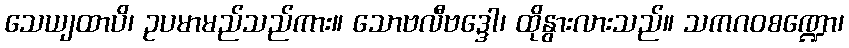
သေယျထာပိ၊ ဥပမာမည်သည်ကား။ သောဗလီဗဒ္ဒေါ၊ ထိုနွားလားသည်။ သကဂဝစဏ္ဍော၊